Civil Veterinary Department Bihar reports 1940-50 - 1940-1950
Year: 1940
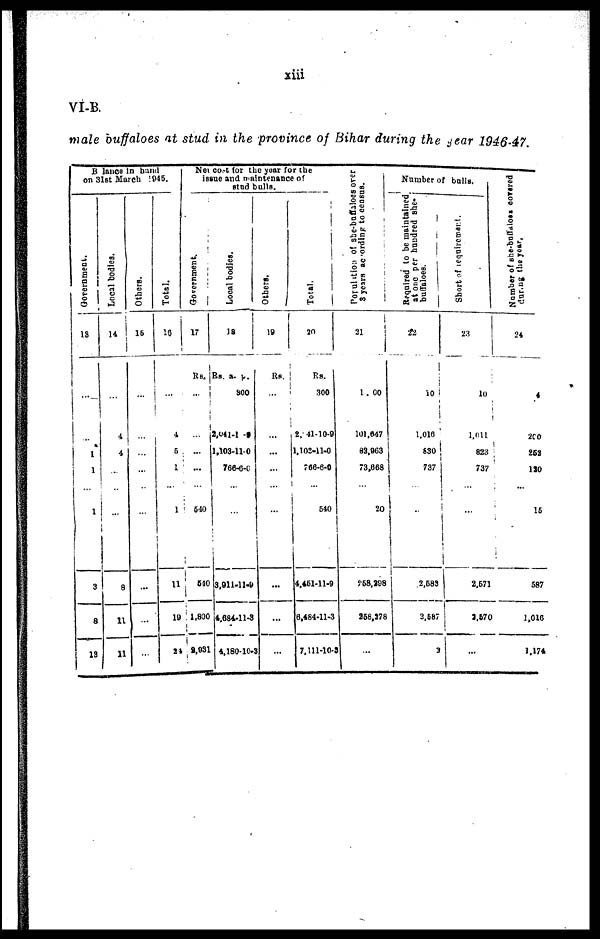
xiii
VI-B.
male buffaloes at stud in the province of Bihar during the year 1946-47.
Balance in hand
on 31st March 1945.
Government.
13
...
1
1
1
3
8
13
Local bodies.
14
4
4
...
8
11
11
Others.
15
...
Total.
10
4
5
1
...
1
11
19
24
Net cost for the year for the
issue and maintenance of
stud bulls.
Government.
17
Rs.
...
...
540
540
1,800
2,031
Local bodies.
18
RS. a. p.
300
2,041-1-0
1,103-110
766-6-0
3,911-11-9
4,684-11-3
4,180-10-3
Others.
19
Rs.
...
3
Total.
20
Rs.
300
2, 41-10-9
1,103-11-0
766-6-0
540
4,451-11-9
6,484-11-3
7,111-10-3
Population
of she-buffaloes over
3 years according
to census.
21
1 . 00
101,647
82,963
73,668
...
20
268,298
258,278
...
Number of bulls.
Required to be maintained
at one per hundred she-
buffaloes.
22
10
1.010
830
737
2,688
2,687
3
Short of requirement.
23
10
1,011
823
737
2,671
2,570
Number
of she-buffaloes covered
during
the year,
24
200
262
130
16
587
1,016
1,174